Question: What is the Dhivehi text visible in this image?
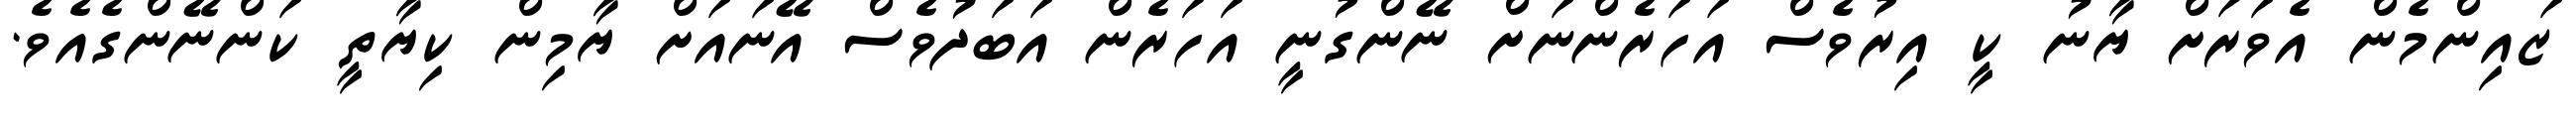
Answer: ޒައިންމެން އެވަރަށް ޔާނު ކީ އިރުވެސް އަހަރެންނަށް ނޭންގުނީ އަހަރެން އަބަދުވެސް އޭނައަށް ޔާމިން ކިޔާތީ ކަންނޭންގެއެވެ.